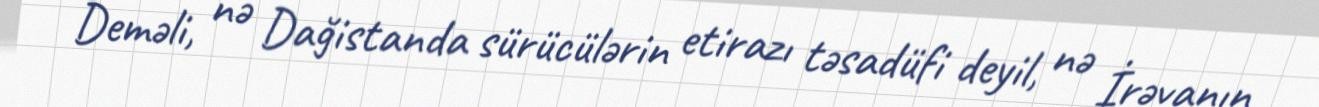
Deməli, nə Dağistanda sürücülərin etirazı təsadüfi deyil, nə İrəvanın